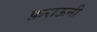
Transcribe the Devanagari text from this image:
फ़राऊनी